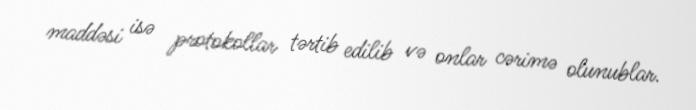
maddəsi isə protokollar tərtib edilib və onlar cərimə olunublar.